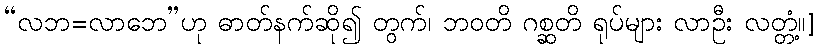
“လဘ=လာဘေ”ဟု ဓာတ်နက်ဆို၍ တွက်၊ ဘဝတိ ဂစ္ဆတိ ရုပ်များ လာဦး လတ္တံ့။]